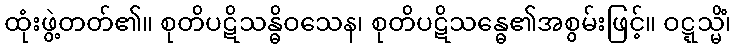
ထုံးဖွဲ့တတ်၏။ စုတိပဋိသန္ဓိဝသေန၊ စုတိပဋိသန္ဓေ၏အစွမ်းဖြင့်။ ဝဋ္ဋသ္မိံ၊